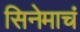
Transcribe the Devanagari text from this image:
सिनेमाचं